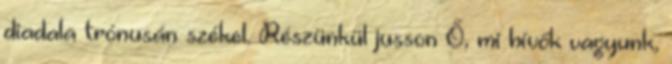
diadala trónusán székel. Részünkül jusson Ő, mi hívők vagyunk,